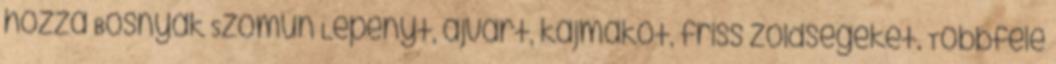
hozzá Bosnyák Szomun Lepényt, ajvárt, kajmakot, friss zöldségeket. Többféle